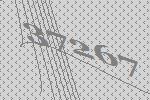
37267